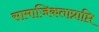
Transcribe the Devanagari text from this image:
सामाजिकताप्राप्ति